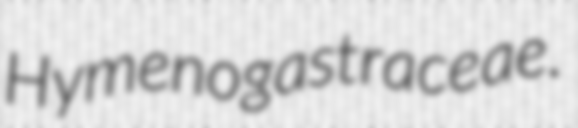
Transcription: Hymenogastraceae.